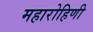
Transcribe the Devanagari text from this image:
महारोहिणी